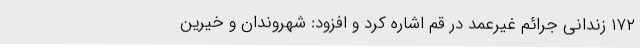
۱۷۲ زندانی جرائم غیرعمد در قم اشاره کرد و افزود: شهروندان و خیرین